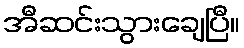
အီဆင်းသွားချေပြီ။